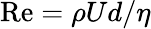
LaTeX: \mathrm{Re}=\rho Ud/\eta